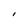
Character: I